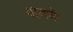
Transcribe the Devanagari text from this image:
वातणे